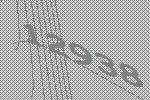
12938